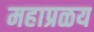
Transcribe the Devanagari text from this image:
महाप्रळय